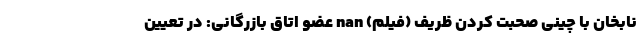
نابخان با چینی صحبت کردن ظریف (فیلم) nan عضو اتاق بازرگانی: در تعیین